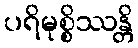
ပရိမုစ္စိဿန္တိ